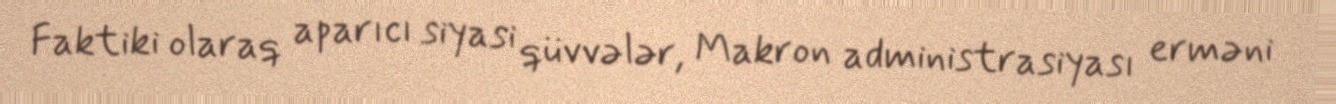
Faktiki olaraq aparıcı siyasi qüvvələr, Makron administrasiyası erməni